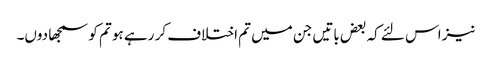
نیز اس لئے کہ بعض باتیں جن میں تم اختلاف کر رہے ہو تم کو سمجھا دوں۔